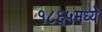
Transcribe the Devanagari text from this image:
१८६५मध्ये